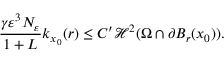
\frac { \gamma \varepsilon ^ { 3 } N _ { \varepsilon } } { 1 + L } k _ { x _ { 0 } } ( r ) \leq C ^ { \prime } \mathcal { H } ^ { 2 } ( \Omega \cap \partial B _ { r } ( x _ { 0 } ) ) .